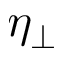
\eta _ { \perp }